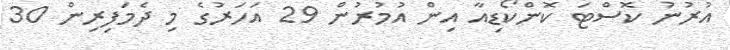
އުރުނު ކޮސްޓަ ކޮންކޯޑިއާ އިން އުމުރުން 29 އަހަރުގެ މި ދެމަފިރިން 30